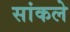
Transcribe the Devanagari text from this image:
सांकले